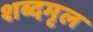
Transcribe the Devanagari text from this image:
शब्दमृल